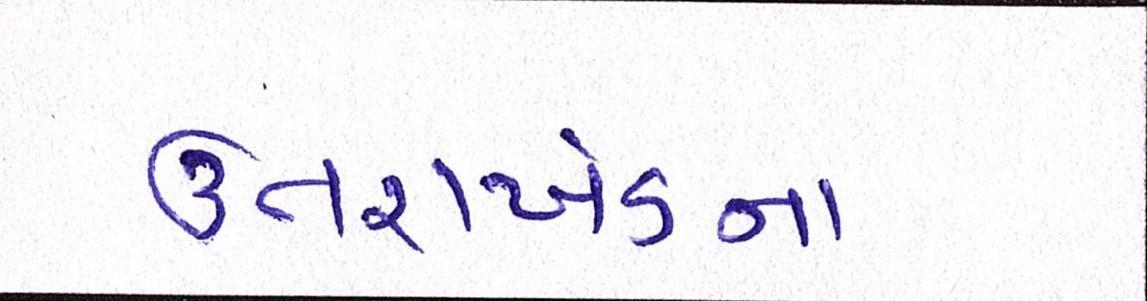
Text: ઉત્તરાખંડના